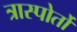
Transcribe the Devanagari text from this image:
त्रास्पोर्तो